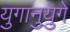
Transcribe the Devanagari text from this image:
युगानुयुगे